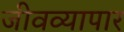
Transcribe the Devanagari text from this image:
जीवव्यापार